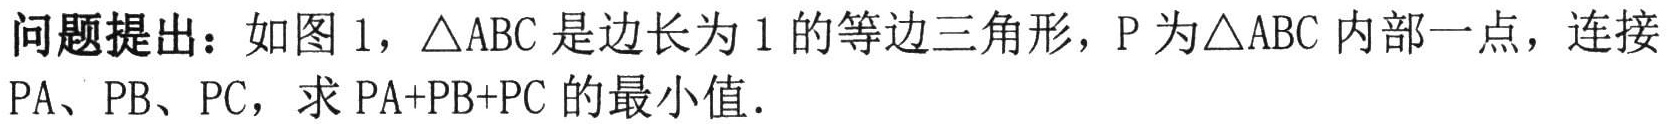
问题提出：如图 1，\(\triangle ABC\)是边长为 1 的等边三角形，\(P\)为\(\triangle ABC\)内部一点，连接\(PA\)、\(PB\)、\(PC\)，求\(PA + PB + PC\)的最小值．